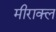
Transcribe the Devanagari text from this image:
मीराक्ल